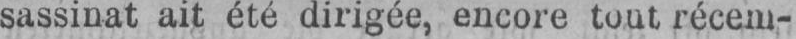
sassinat ait été dirigée, encore tout récem-